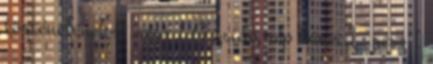
történetének-9.rész 1 A zsidó nép bűnei I. rész 1